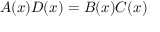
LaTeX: A ( x ) D ( x ) = B ( x ) C ( x )